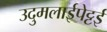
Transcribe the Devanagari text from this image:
उदुमलाईपेट्टई